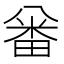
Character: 𠔪